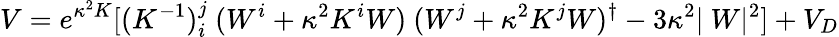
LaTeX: V=e^{\kappa^{2}K}[(K^{-1})_{i}^{j}~(W^{i}+\kappa^{2}K^{i}W)~(W^{j}+\kappa^{2}K^{j}W)^{\dagger}-3\kappa^{2}\vert~W\vert^{2}]+V_{D}